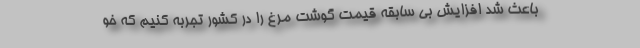
باعث شد افزایش بی سابقه قیمت گوشت مرغ را در کشور تجربه کنیم که خو